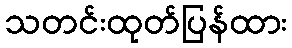
သတင်းထုတ်ပြန်ထား